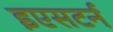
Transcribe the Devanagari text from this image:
इएसटर्न